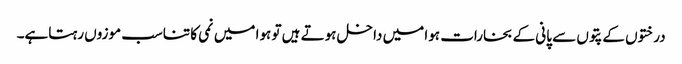
درختوں کے پتوں سے پانی کے بخارات ہوا میں داخل ہوتے ہیں تو ہوا میں نمی کا تناسب موزوں رہتاہے۔